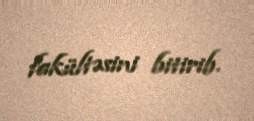
fakültəsini bitirib.